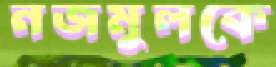
নজমুলকে